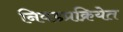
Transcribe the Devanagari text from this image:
निवडप्रक्रियेत